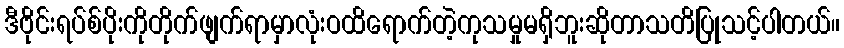
ဒီဗိုင်းရပ်စ်ပိုးကိုတိုက်ဖျက်ရာမှာလုံးဝထိရောက်တဲ့ကုသမှုမရှိဘူးဆိုတာသတိပြုသင့်ပါတယ်။